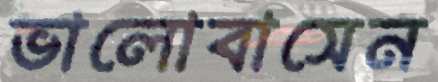
ভালোবাসেন